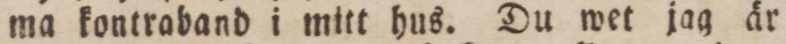
ma kontraband i mitt hus. Du wet jag är